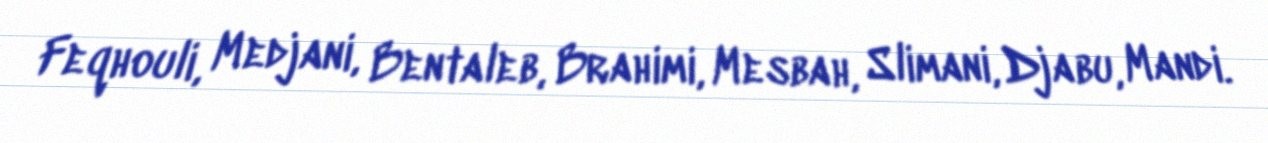
Feqhouli, Medjani, Bentaleb, Brahimi, Mesbah, Slimani, Djabu, Mandi.